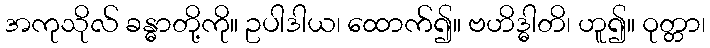
အကုသိုလ် ခန္ဓာတို့ကို။ ဥပါဒါယ၊ ထောက်၍။ ဗဟိဒ္ဓါတိ၊ ဟူ၍။ ဝုတ္တာ၊